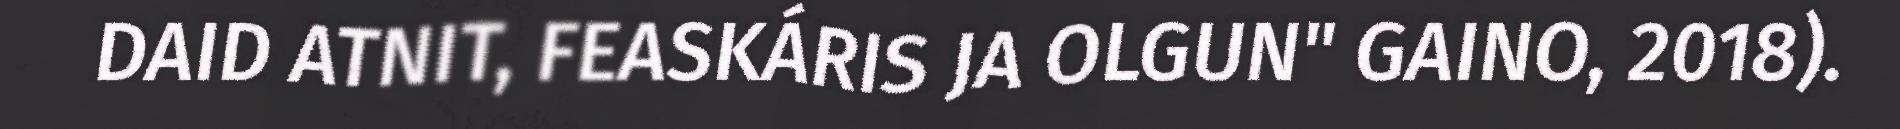
DAID ATNIT, FEASKÁRIS JA OLGUN" GAINO, 2018).